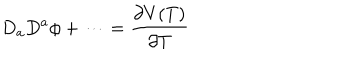
D _ { a } D ^ { a } \phi + \cdots = \frac { \partial V ( T ) } { \partial T }